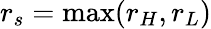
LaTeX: r_{s}=\mathrm{max}(r_{H},r_{L})